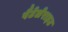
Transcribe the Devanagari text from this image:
पैटेलेराइट